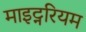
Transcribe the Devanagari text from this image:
माइट्नरियम